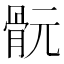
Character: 䯈